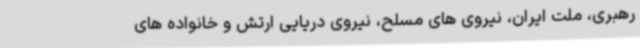
رهبری، ملت ایران، نیروی های مسلح، نیروی دریایی ارتش و خانواده های